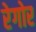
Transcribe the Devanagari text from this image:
रेगोर